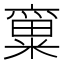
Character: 𱹙